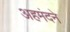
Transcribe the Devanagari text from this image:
अहमंदने